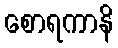
စောရကာနိ